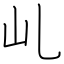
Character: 乢